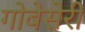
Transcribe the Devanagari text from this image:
गोबेसेरी